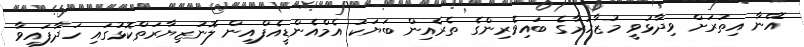
އޭނާ އިތުރަށް ވިދާޅުވީ މުޒާހަރާގެ ބައިވެރިންގެ ތެރެއިން ބަޔަކު އެމްއެންޑީއެފްއިން ލޮނުޒިޔާރަތްކޮޅުގައި ހަދާފައިވާ